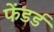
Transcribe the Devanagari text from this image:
फेंडर्ड